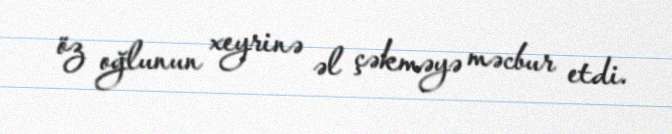
öz oğlunun xeyrinə əl çəkməyə məcbur etdi.